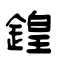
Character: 鍠